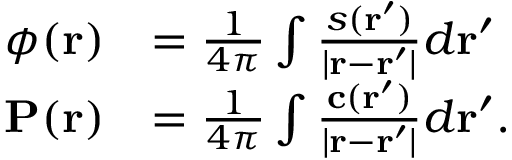
\begin{array} { r l } { \phi ( \mathbf { r } ) } & { = \frac { 1 } { 4 \pi } \int \frac { s ( \mathbf { r } ^ { \prime } ) } { | \mathbf { r } - \mathbf { r } ^ { \prime } | } d \mathbf { r } ^ { \prime } } \\ { \mathbf { P } ( \mathbf { r } ) } & { = \frac { 1 } { 4 \pi } \int \frac { \mathbf { c } ( \mathbf { r } ^ { \prime } ) } { | \mathbf { r } - \mathbf { r } ^ { \prime } | } d \mathbf { r } ^ { \prime } . } \end{array}